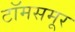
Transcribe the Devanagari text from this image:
टॉमसमूर